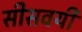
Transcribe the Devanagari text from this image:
सीसवयी